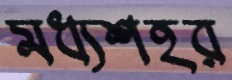
মধ্যশহর